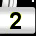
Digit: 2